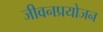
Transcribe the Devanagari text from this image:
जीवनप्रयोजन